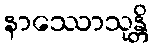
နာဿောသုန္တိ